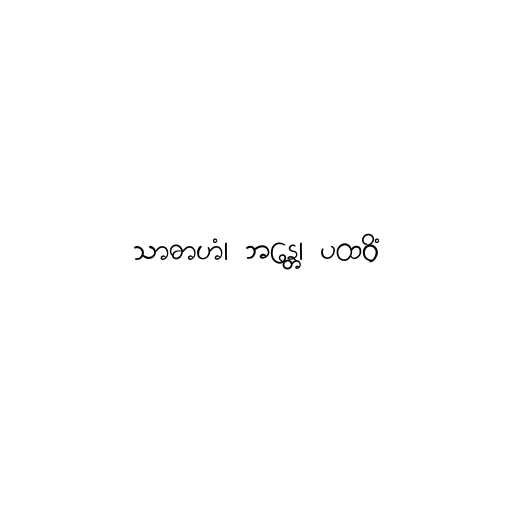
သာဓာဟံ၊ ဘန္တေ၊ ပထဝိံ